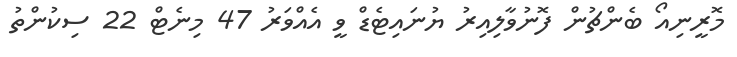
މޮރީނިއޯ ބެންޗުން ފޮނުވާލިއިރު ޔުނައިޓެޑް ވީ އެއްވަރު 47 މިނެޓް 22 ސިކުންތު